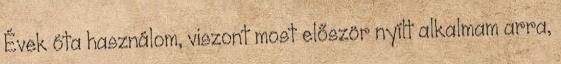
Évek óta használom, viszont most először nyílt alkalmam arra,